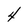
Character: 4